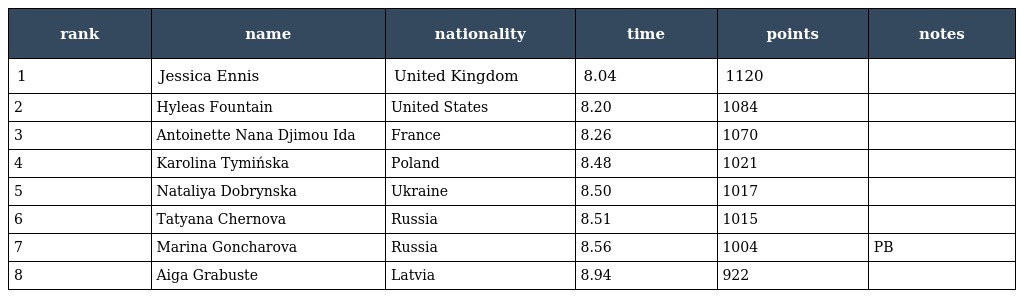
| rank | name | nationality | time | points | notes |
 | --- | --- | --- | --- | --- | --- |
 | 1 | Jessica Ennis | United Kingdom | 8.04 | 1120 |  |
 | 2 | Hyleas Fountain | United States | 8.20 | 1084 |  |
 | 3 | Antoinette Nana Djimou Ida | France | 8.26 | 1070 |  |
 | 4 | Karolina Tymińska | Poland | 8.48 | 1021 |  |
 | 5 | Nataliya Dobrynska | Ukraine | 8.50 | 1017 |  |
 | 6 | Tatyana Chernova | Russia | 8.51 | 1015 |  |
 | 7 | Marina Goncharova | Russia | 8.56 | 1004 | PB |
 | 8 | Aiga Grabuste | Latvia | 8.94 | 922 |  |